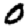
Digit: 0